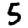
Digit: 5